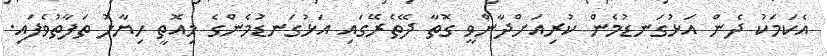
އެކަމަކު ދެން އަޅުގަނޑުމެން ކުރިއަށްދާންވީ ގޮތާ ދޭތެރޭގައި އަޅުގަނޑުމެންގެ މިއޮތީ ހިޔާލު ތަފާތުވެފައި.